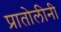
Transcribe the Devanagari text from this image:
प्रातोलीनी